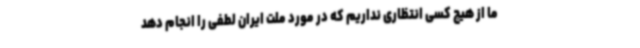
ما از هیچ کسی انتظاری نداریم که در مورد ملت ایران لطفی را انجام دهد